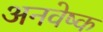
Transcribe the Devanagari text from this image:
अनवेष्क